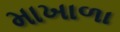
માખાળા